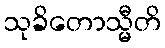
သုခိတောသ္မီတိ